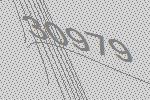
30979